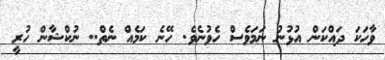
ވާހަކަ ދައްކަން އުޅުނު ނަމަވެސް ހެވުނެވެ. ހޭނެ ކަމެއް ނެތް.. ނުކްޝާން ހުރީ